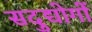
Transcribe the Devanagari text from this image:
सदुद्योगों